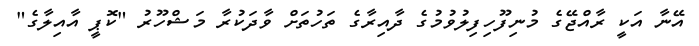
އޭނާ އަކީ ރާއްޖޭގެ މުނިފޫހިފިލުވުމުގެ ދާއިރާގެ ތަހުތަށް ވާދަކުރާ މަޝްހޫރު "ކޮޕީ އާއިލާގެ"